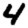
Digit: 4